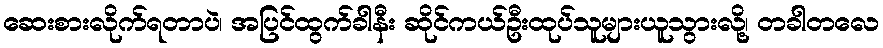
ဆေးစားလိုက်ရတာပဲ၊ အပြင်ထွက်ခါနီး ဆိုင်ကယ်ဦးထုပ်သူများယူသွားလို့၊ တခါတလေ